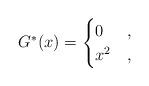
LaTeX: \begin{align*}G^*(x)=\begin{cases}0&,\\x^2&,\end{cases}\end{align*}